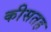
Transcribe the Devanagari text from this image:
कीसतह